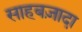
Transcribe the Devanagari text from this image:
साहबज़ादा